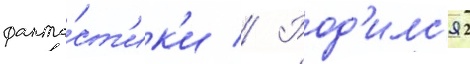
фанта́ст'ик'и // Род'илс'я 2